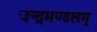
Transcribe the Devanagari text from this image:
चन्द्रमण्डलम्